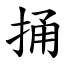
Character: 捅